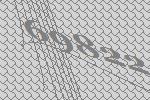
69822